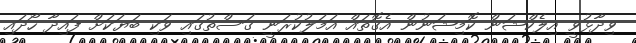
ވިދާޅުވީ އިލެކްޝަން ކޮމިޝަނުން އެގޮތައް އަމަލުކުރަނީ ގަސްތުގައި ވަކި ބަޔަކަށް ފައިދާ ހޯދައި